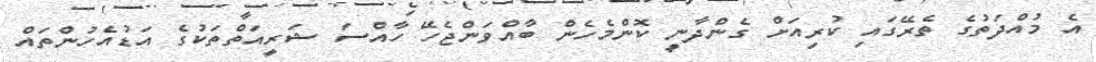
އެ މުއްދަތުގެ ތެރޭގައި ކުރިއަށް ގެންދާނީ ކޮންމެހެން ބާއްވަންޖެހޭ ހާއްސަ ޝަރީއަތްތަކުގެ އަޑުއެހުންތައް